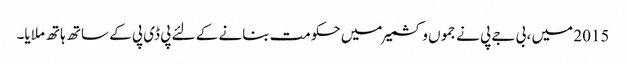
2015 میں ، بی جے پی نے جموں و کشمیر میں حکومت بنانے کے لئے پی ڈی پی کے ساتھ ہاتھ ملایا۔